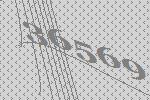
36569